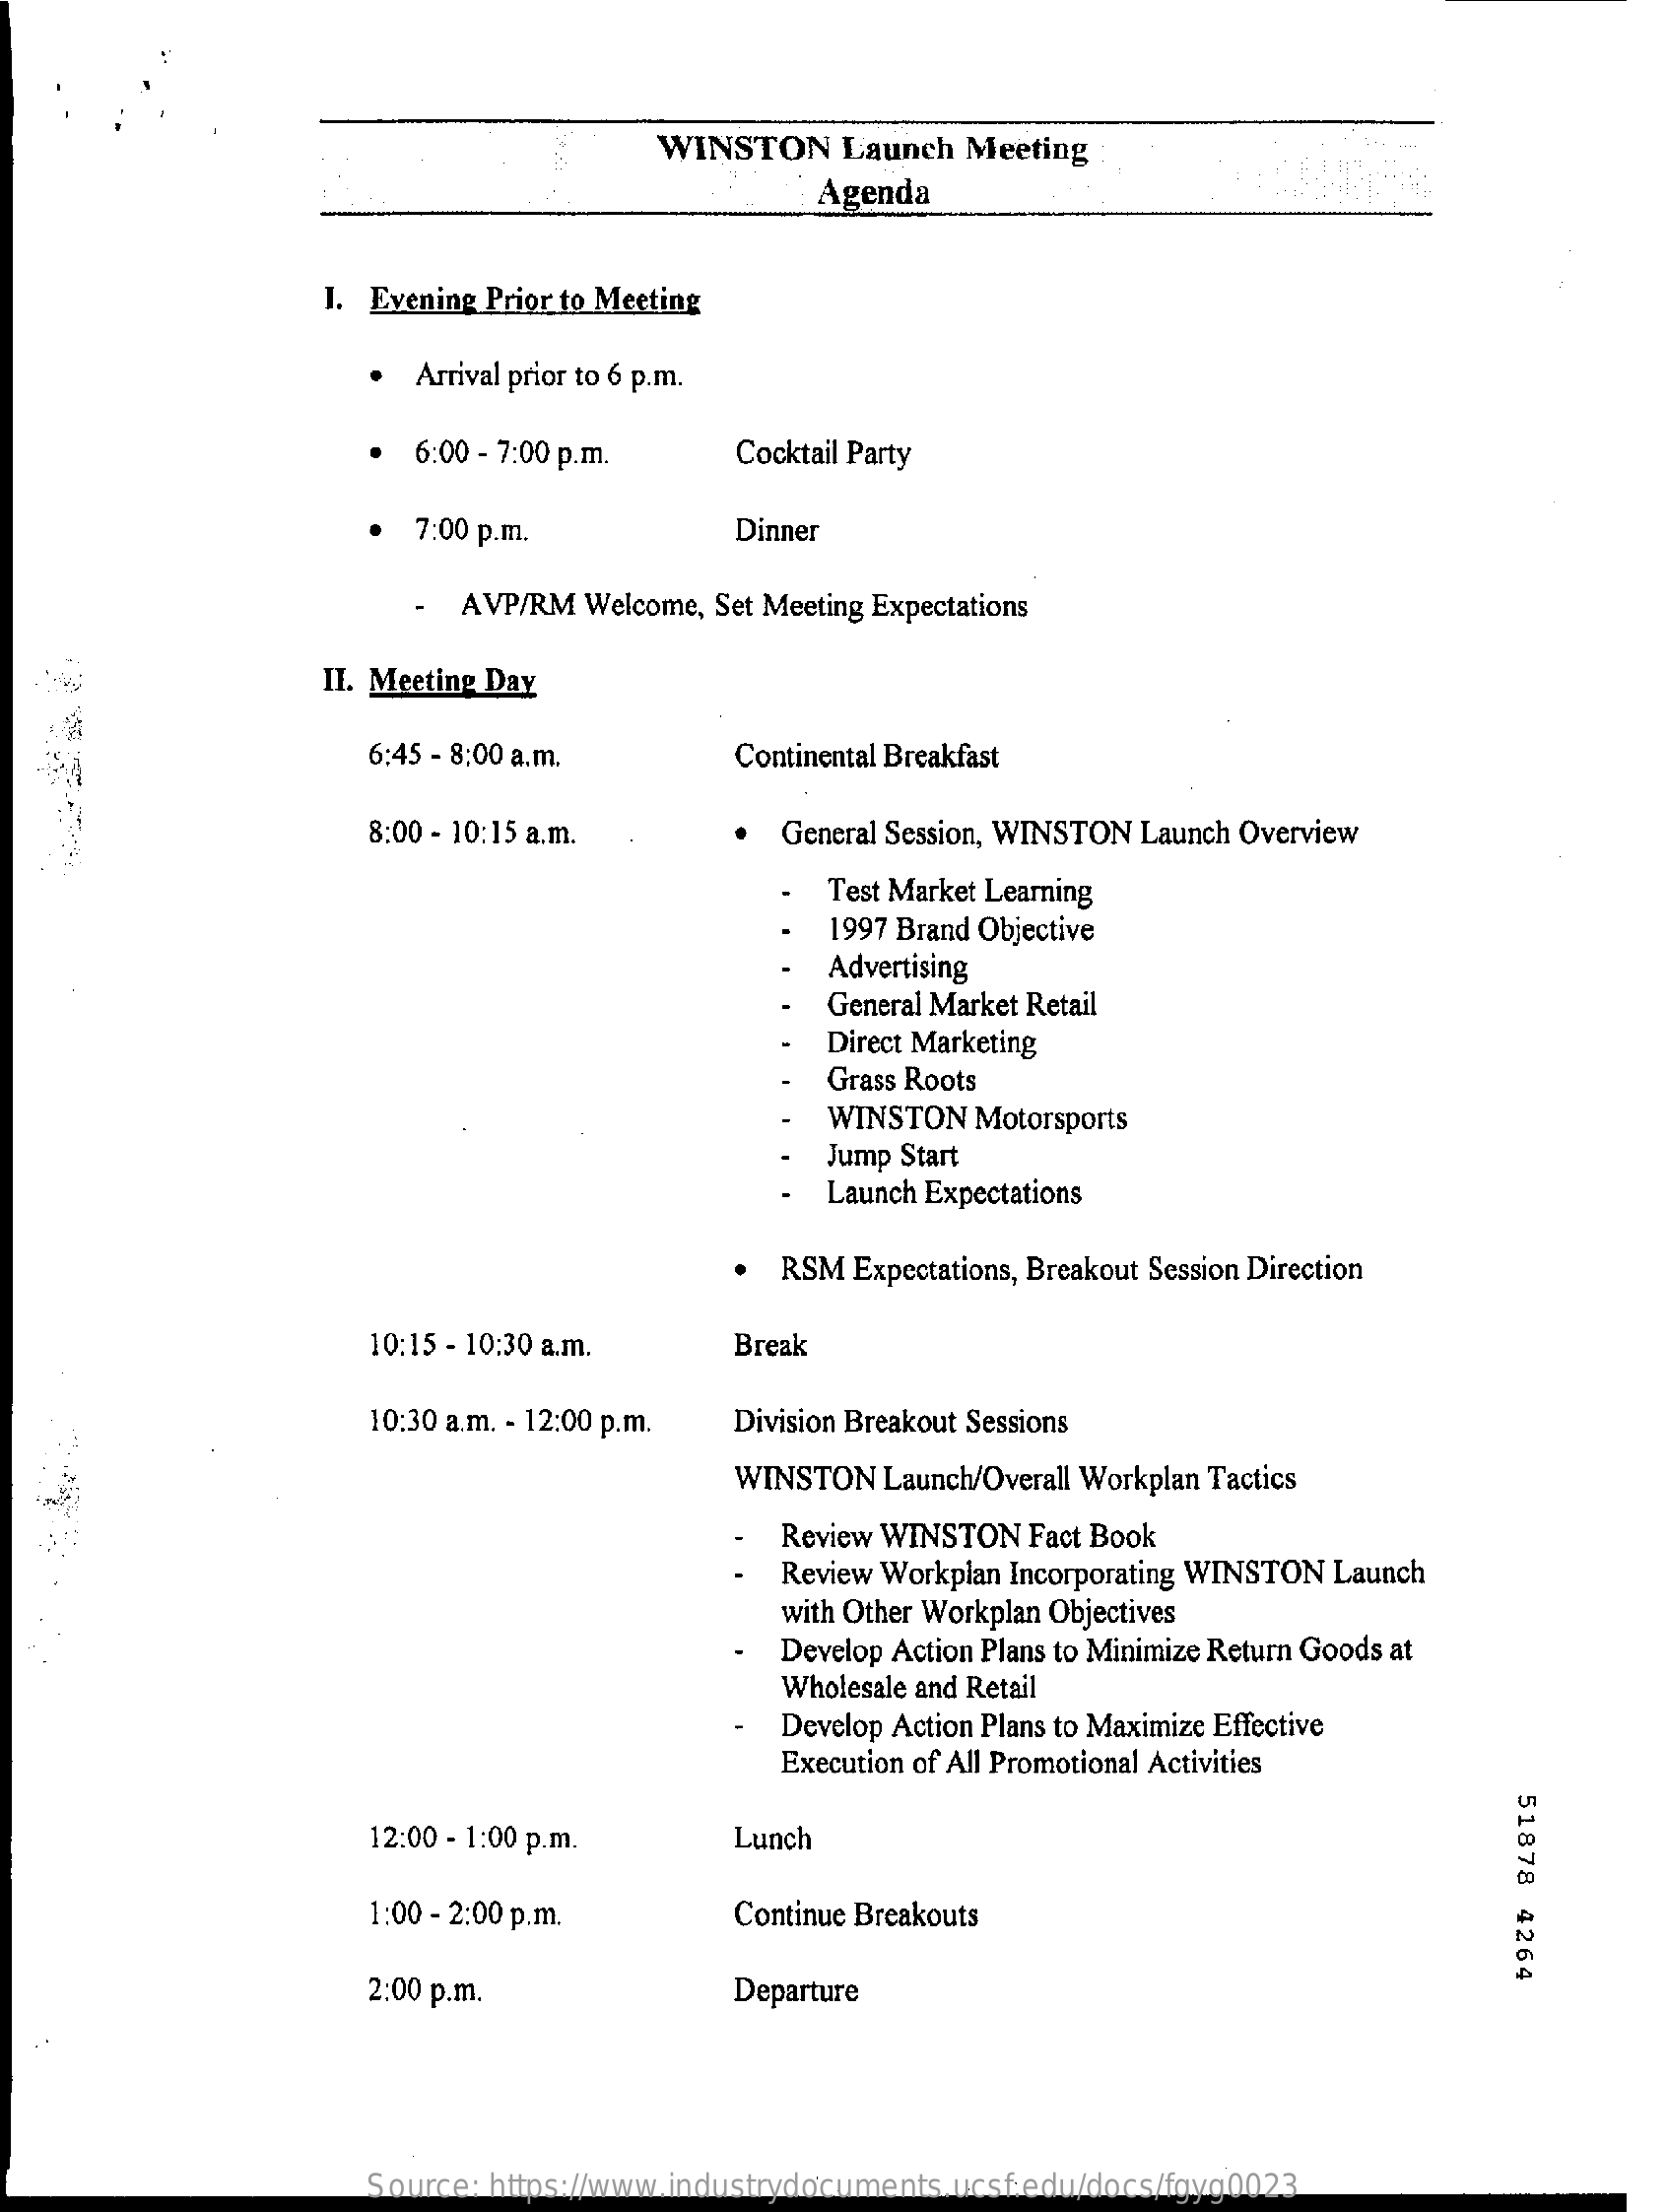
WINSTON    Launch  Meeting
     Agenda
     I. Evening Prior to Meeting
     · Arrival prior to 6 p.m.
     · 6:00 - 7:00 p.m.    Cocktail Party
     7:00 p.m.    Dinner
     AVP/RM  Welcome, Set Meeting Expectations
     II. Meeting Day
     6:45 - 8:00 a.m.    Continental Breakfast
     8:00 - 10:15 a.m.    General Session, WINSTON Launch Overview
     Test Market Learning
     1997 Brand Objective
     Advertising
     General Market Retail
     Direct Marketing
     Grass Roots
     WINSTON  Motorsports
     Jump Start
     Launch Expectations
     RSM Expectations, Breakout Session Direction
     10:15 - 10:30 a.m.    Break
     10:30 a.m. - 12:00 p.m. Division Breakout Sessions
     WINSTON  Launch/Overall Workplan Tactics
     Review WINSTON Fact Book
     Review Workplan Incorporating WINSTON Launch
     with Other Workplan Objectives
     Develop Action Plans to Minimize Return Goods at
     Wholesale and Retail
     Develop Action Plans to Maximize Effective
     Execution of All Promotional Activities
     51878
     4264
     12:00 - 1:00 p.m.    Lunch
     1:00 - 2:00 p.m.    Continue Breakouts
     2:00 p.m.    Departure
     Source: https://www.industrydocuments.ucsf.edu/docs/fgyg0023